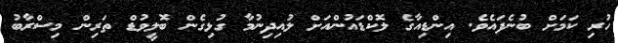
ހުރި ކަމަށް ބުނެފައެވެ. އިންޑިއާގެ ލޮކްޑައުންއަށް ލުއިދިނުމާ ގުޅިގެން ބޮލީވުޑް ތަރިން މިސްރާބު